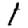
Digit: 1